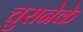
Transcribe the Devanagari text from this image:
चुरानेके